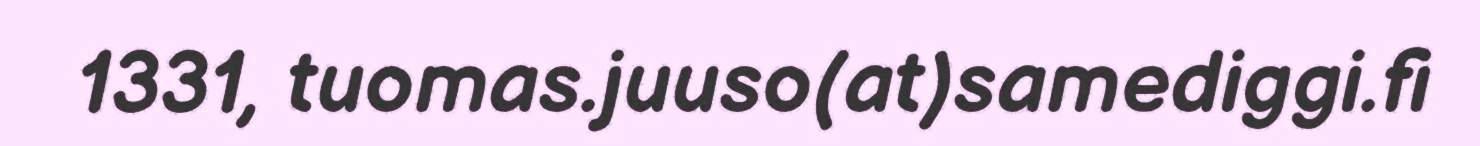
1331, tuomas.juuso(at)samediggi.fi